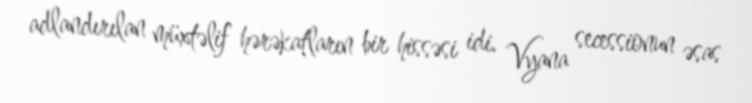
adlandırılan müxtəlif hərəkatların bir hissəsi idi. Vyana secessionun əsas